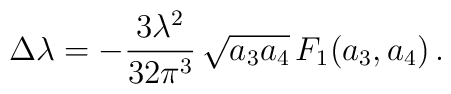
\Delta \lambda =  -\frac{3\lambda^2}{32\pi^3}\, \sqrt{a_3 a_4}\,                                  F_1(a_3,a_4) \,.